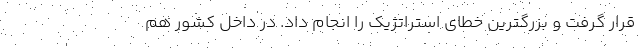
قرار گرفت و بزرگترین خطای استراتژیک را انجام داد. در داخل کشور هم